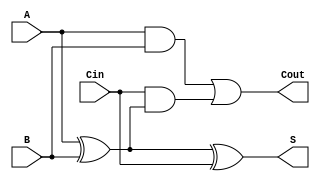
module full_adder (
    input wire A,     // First input bit
    input wire B,     // Second input bit
    input wire Cin,   // Carry-in bit
    output wire S,    // Sum output
    output wire Cout   // Carry-out output
);

    // Calculate the sum output
    assign S = A ^ B ^ Cin;

    // Calculate the carry-out output
    assign Cout = (A & B) | (Cin & (A ^ B));

endmodule